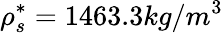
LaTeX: \rho_{s}^{*}=1463.3kg/m^{3}